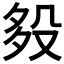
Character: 𣪈